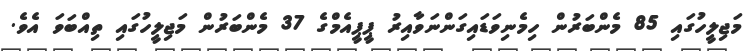
މަޖިލީހުގައި 85 މެންބަރުން ހިމެނިވަޑައިގަންނަވާއިރު ޕީޕީއެމްގެ 37 މެންބަރުން މަޖިލީހުގައި ތިއްބަވަ އެވެ.